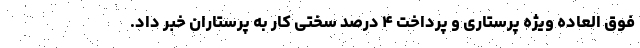
فوق العاده ویژه پرستاری و پرداخت ۴ درصد سختی کار به پرستاران خبر داد.